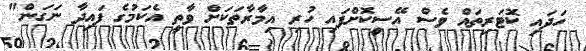
ހަދައި ކޮޓަރިތައް ވެސް އޭސީކޮށްފައި ހުރި އިމާރާތަކަށް ވާތީ އެކަމުގެ ފައިދާ ނަގަން"